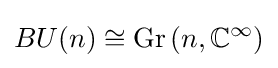
BU(n)\cong \operatorname {Gr} \left(n,\mathbb {C} ^{\infty }\right)